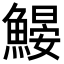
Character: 𩹽